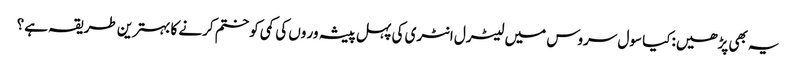
یہ بھی پڑھیں:کیا سول سروس میں لیٹرل انٹری کی پہل پیشہ ور وں کی کمی کو ختم کرنے کا بہترین طریقہ ہے؟